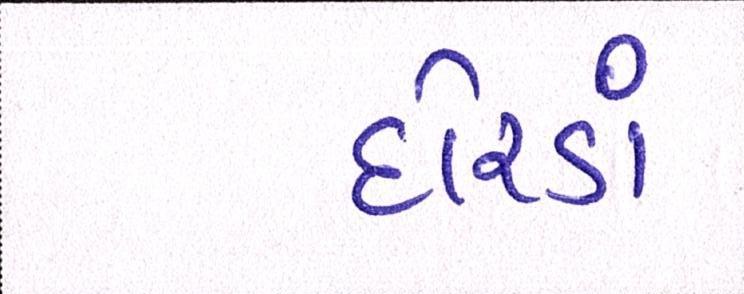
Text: દોરડાં